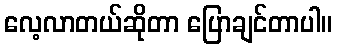
လေ့လာတယ်ဆိုတာ ပြောချင်တာပါ။